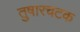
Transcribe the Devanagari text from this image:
तुषारचटक